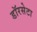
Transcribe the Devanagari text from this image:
डॉरसेटा